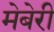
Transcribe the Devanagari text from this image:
मेबेरी